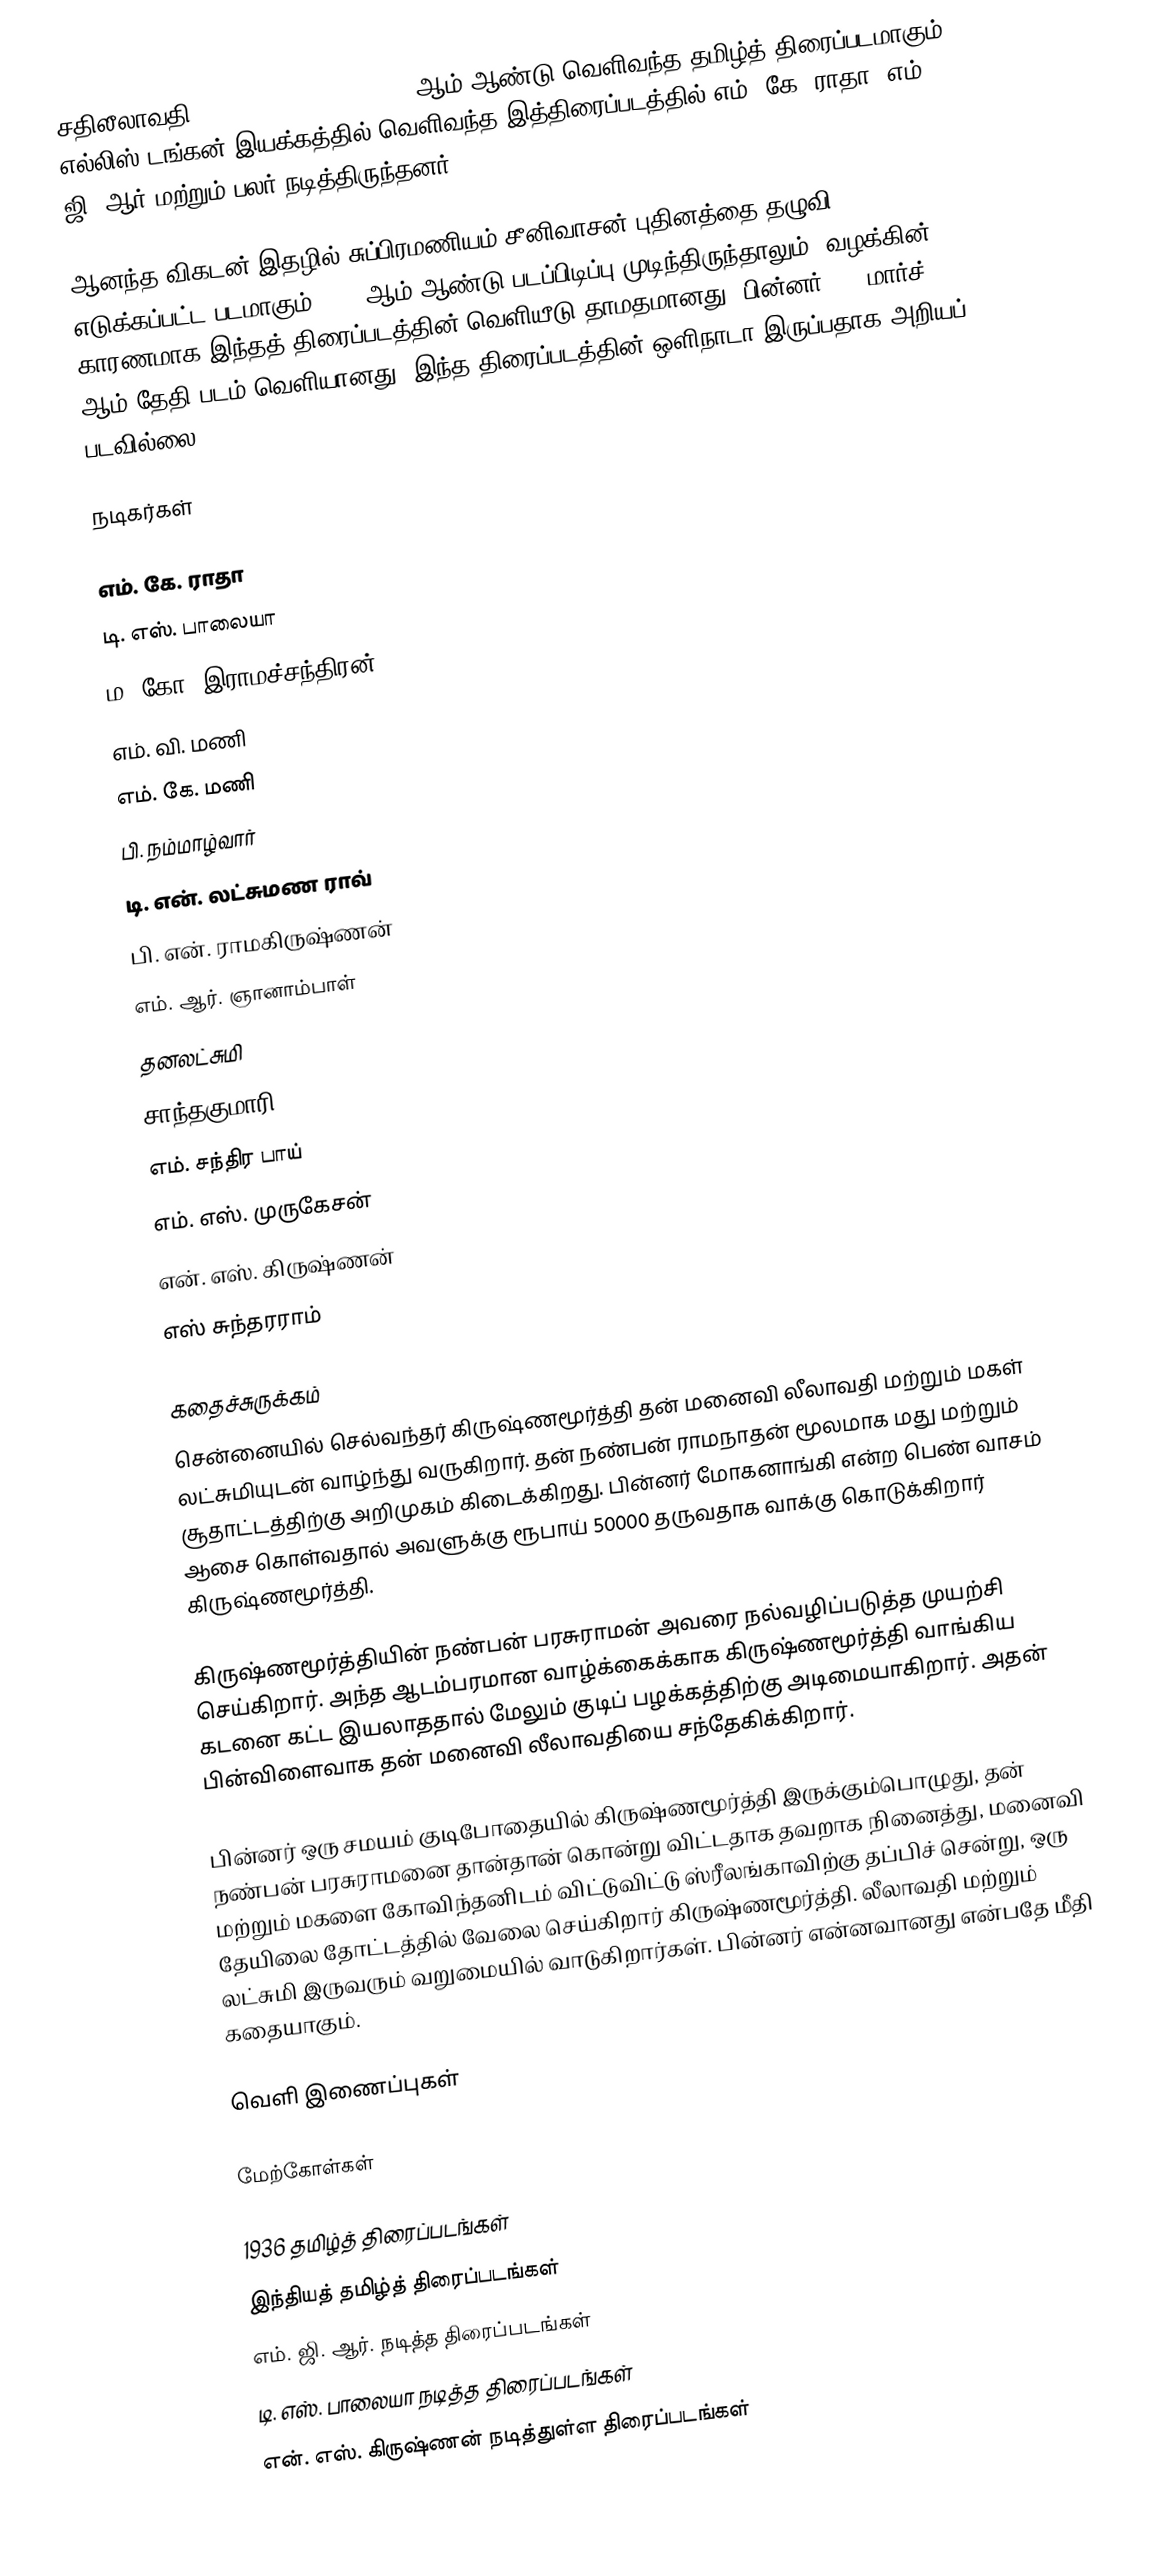
சதிலீலாவதி (Sathi Leelavathi) 1936 ஆம் ஆண்டு வெளிவந்த தமிழ்த் திரைப்படமாகும். எல்லிஸ் டங்கன் இயக்கத்தில் வெளிவந்த இத்திரைப்படத்தில் எம். கே. ராதா, எம். ஜி. ஆர் மற்றும் பலர் நடித்திருந்தனர்.

ஆனந்த விகடன் இதழில் சுப்பிரமணியம் சீனிவாசன் புதினத்தை தழுவி எடுக்கப்பட்ட படமாகும். 1935ஆம் ஆண்டு படப்பிடிப்பு முடிந்திருந்தாலும், வழக்கின் காரணமாக இந்தத் திரைப்படத்தின் வெளியீடு தாமதமானது. பின்னர், 28 மார்ச் 1936 ஆம் தேதி படம் வெளியானது. இந்த திரைப்படத்தின் ஒளிநாடா இருப்பதாக அறியப் படவில்லை.

நடிகர்கள்

 எம். கே. ராதா
 டி. எஸ். பாலையா
 ம. கோ. இராமச்சந்திரன்
 எம். வி. மணி
 எம். கே. மணி
 பி. நம்மாழ்வார்
 டி. என். லட்சுமண ராவ்
 பி. என். ராமகிருஷ்ணன்
 எம். ஆர். ஞானாம்பாள்
 தனலட்சுமி
 சாந்தகுமாரி
 எம். சந்திர பாய்
 எம். எஸ். முருகேசன்
 என். எஸ். கிருஷ்ணன்
 எஸ் சுந்தரராம்

கதைச்சுருக்கம்
சென்னையில் செல்வந்தர் கிருஷ்ணமூர்த்தி தன் மனைவி லீலாவதி மற்றும் மகள் லட்சுமியுடன் வாழ்ந்து வருகிறார். தன் நண்பன் ராமநாதன் மூலமாக மது மற்றும் சூதாட்டத்திற்கு அறிமுகம் கிடைக்கிறது. பின்னர் மோகனாங்கி என்ற பெண் வாசம் ஆசை கொள்வதால் அவளுக்கு ரூபாய் 50000 தருவதாக வாக்கு கொடுக்கிறார் கிருஷ்ணமூர்த்தி.

கிருஷ்ணமூர்த்தியின் நண்பன் பரசுராமன் அவரை நல்வழிப்படுத்த முயற்சி செய்கிறார். அந்த ஆடம்பரமான வாழ்க்கைக்காக கிருஷ்ணமூர்த்தி வாங்கிய கடனை கட்ட இயலாததால் மேலும் குடிப் பழக்கத்திற்கு அடிமையாகிறார். அதன் பின்விளைவாக தன் மனைவி லீலாவதியை சந்தேகிக்கிறார்.

பின்னர் ஒரு சமயம் குடிபோதையில் கிருஷ்ணமூர்த்தி இருக்கும்பொழுது, தன் நண்பன் பரசுராமனை தான்தான் கொன்று விட்டதாக தவறாக நினைத்து, மனைவி மற்றும் மகளை கோவிந்தனிடம் விட்டுவிட்டு ஸ்ரீலங்காவிற்கு தப்பிச் சென்று, ஒரு தேயிலை தோட்டத்தில் வேலை செய்கிறார் கிருஷ்ணமூர்த்தி. லீலாவதி மற்றும் லட்சுமி இருவரும் வறுமையில் வாடுகிறார்கள். பின்னர் என்னவானது என்பதே மீதி கதையாகும்.

வெளி இணைப்புகள்

மேற்கோள்கள்

1936 தமிழ்த் திரைப்படங்கள்
இந்தியத் தமிழ்த் திரைப்படங்கள்
எம். ஜி. ஆர். நடித்த திரைப்படங்கள்
டி. எஸ். பாலையா நடித்த திரைப்படங்கள்
என். எஸ். கிருஷ்ணன் நடித்துள்ள திரைப்படங்கள்